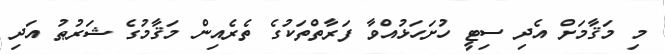
މި މަޤާމަށް އެދި ސިޓީ ހުށަހަޅުއްވާ ފަރާތްތަކުގެ ތެރެއިން މަޤާމުގެ ޝަރުޠު އަދި